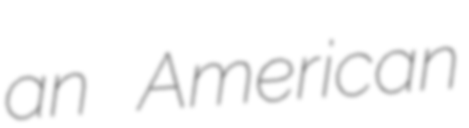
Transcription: an American